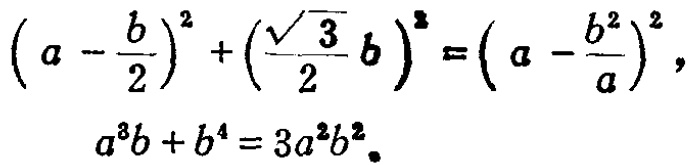
\[\left(a - \frac{b}{2}\right)^{2} + \left(\frac{\sqrt{3}}{2}b\right)^{2} = \left(a - \frac{b^{2}}{a}\right)^{2},\]
\[a^{3}b + b^{4} = 3a^{2}b^{2}.\]